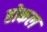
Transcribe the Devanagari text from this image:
होकल